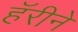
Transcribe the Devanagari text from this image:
हॅरीने